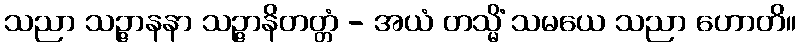
သညာ သဉ္ဇာနနာ သဉ္ဇာနိတတ္တံ - အယံ တသ္မိံ သမယေ သညာ ဟောတိ။